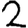
Digit: 2